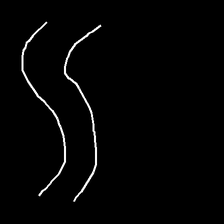
Glyph: float